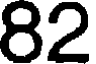
82